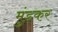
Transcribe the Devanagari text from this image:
मुंडकर